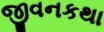
જીવનકથા